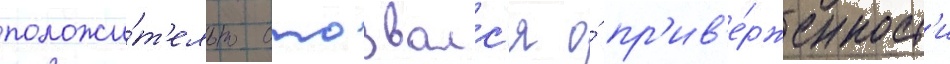
положи́т'ельно отозвалс'я о́ пр'ив'е́рженност'и